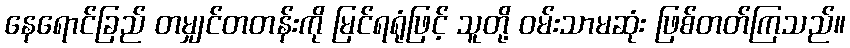
နေရောင်ခြည် တမျှင်တတန်းကို မြင်ရရုံဖြင့် သူတို့ ဝမ်းသာမဆုံး ဖြစ်တတ်ကြသည်။